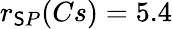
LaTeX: r_{\mathsf{S}P}(Cs)=5.4